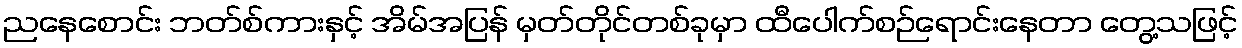
ညနေစောင်း ဘတ်စ်ကားနှင့် အိမ်အပြန် မှတ်တိုင်တစ်ခုမှာ ထီပေါက်စဉ်ရောင်းနေတာ တွေ့သဖြင့်